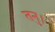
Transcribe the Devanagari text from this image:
तनु।